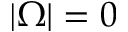
| \Omega | = 0